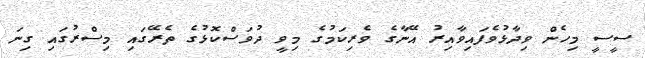
ސީސީ މިހެން ވިދާޅުވެފައިވާއިރު އޭނާގެ ވެރިކަމުގެ މިވީ ދުވަސްކޮޅުގެ ތެރޭގައި މިސްރުގައި ގިނަ